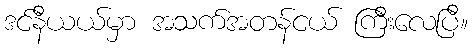
ဒင်နီယယ်မှာ အသက်အတန်ငယ် ကြီးလေပြီ။